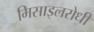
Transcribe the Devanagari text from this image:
मिसाइलरोधी